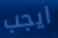
ايجب